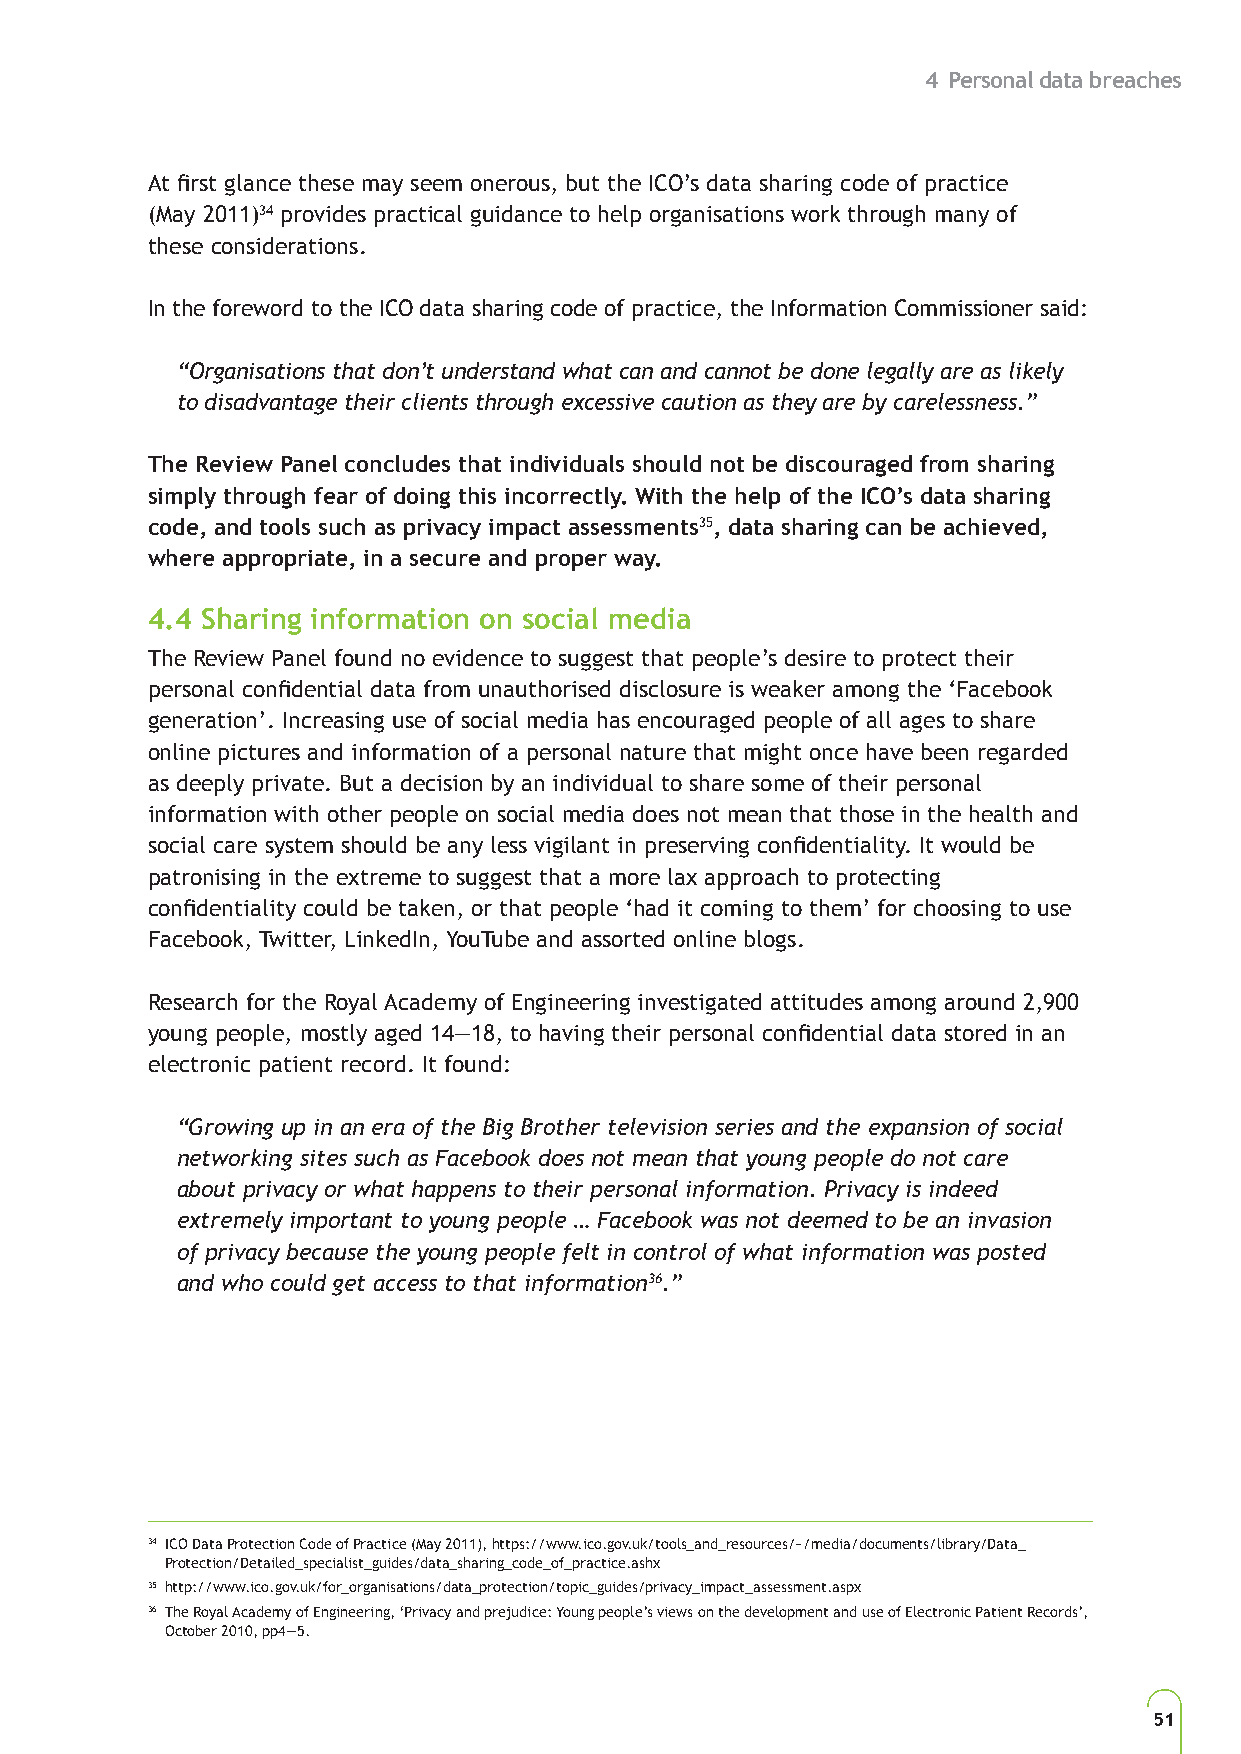
4 Personal data breaches
 At first glance these may seem onerous, but the ICO’s data sharing code of practice
 (May 2011)34 provides practical guidance to help organisations work through many of
 these considerations.
 In the foreword to the ICO data sharing code of practice, the Information Commissioner said:
 “Organisations that don’t understand what can and cannot be done legally are as likely
 to disadvantage their clients through excessive caution as they are by carelessness.”
 The Review Panel concludes that individuals should not be discouraged from sharing
 simply through fear of doing this incorrectly. With the help of the ICO’s data sharing
 code, and tools such as privacy impact assessments35, data sharing can be achieved,
 where appropriate, in a secure and proper way.
 4.4 Sharing information on social media
 The Review Panel found no evidence to suggest that people’s desire to protect their
 personal confidential data from unauthorised disclosure is weaker among the ‘Facebook
 generation’. Increasing use of social media has encouraged people of all ages to share
 online pictures and information of a personal nature that might once have been regarded
 as deeply private. But a decision by an individual to share some of their personal
 information with other people on social media does not mean that those in the health and
 social care system should be any less vigilant in preserving confidentiality. It would be
 patronising in the extreme to suggest that a more lax approach to protecting
 confidentiality could be taken, or that people ‘had it coming to them’ for choosing to use
 Facebook, Twitter, LinkedIn, YouTube and assorted online blogs.
 Research for the Royal Academy of Engineering investigated attitudes among around 2,900
 young people, mostly aged 14—18, to having their personal confidential data stored in an
 electronic patient record. It found:
 “Growing up in an era of the Big Brother television series and the expansion of social
 networking sites such as Facebook does not mean that young people do not care
 about privacy or what happens to their personal information. Privacy is indeed
 extremely important to young people … Facebook was not deemed to be an invasion
 of privacy because the young people felt in control of what information was posted
 and who could get access to that information36.”
 34 ICO Data Protection Code of Practice (May 2011), https://www.ico.gov.uk/tools_and_resources/~/media/documents/library/Data_
 Protection/Detailed_specialist_guides/data_sharing_code_of_practice.ashx
 35 http://www.ico.gov.uk/for_organisations/data_protection/topic_guides/privacy_impact_assessment.aspx
 36 The Royal Academy of Engineering, ‘Privacy and prejudice: Young people’s views on the development and use of Electronic Patient Records’,
 October 2010, pp4—5.
 51